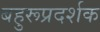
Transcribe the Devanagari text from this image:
बहुरूप्रदर्शक